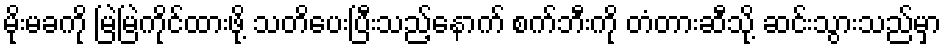
မိုးမခကို မြဲမြဲကိုင်ထားဖို့ သတိပေးပြီးသည့်နောက် စက်ဘီးကို တံတားဆီသို့ ဆင်းသွားသည်မှာ